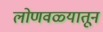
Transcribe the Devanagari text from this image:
लोणवळ्यातून